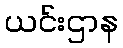
ယင်းဌာန